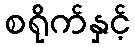
စရိုက်နှင့်